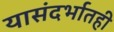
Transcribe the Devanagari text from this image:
यासंदर्भातही